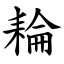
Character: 耣